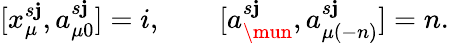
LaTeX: [x_{\mu}^{s\mathbf{j}},a_{\mu0}^{s\mathbf{j}}]=i,\qquad[a_{\mun}^{s\mathbf{j}},a_{\mu(-n)}^{s\mathbf{j}}]=n.